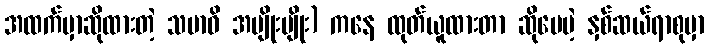
အထက်မှာဆိုထားတဲ့ သမာဓိ အမျိုးမျိုး) ကနေ ထုတ်ယူထားတာ ဆိုပေမဲ့ နှစ်ဆယ်ရာစုမှာ